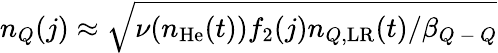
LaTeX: n_{Q}(j)\approx\sqrt{\nu(n_{\mathrm{He}}(t))f_{2}(j)n_{Q,\mathrm{LR}}(t)/\beta_{Q\mathrm{~-~}Q}}